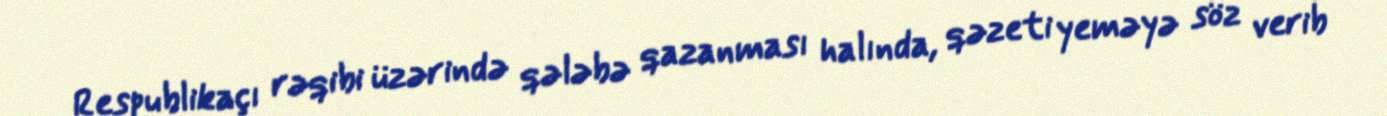
Respublikaçı rəqibi üzərində qələbə qazanması halında, qəzeti yeməyə söz verib